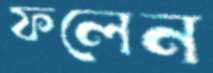
ফলেন